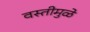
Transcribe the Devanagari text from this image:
वस्तीमुळे